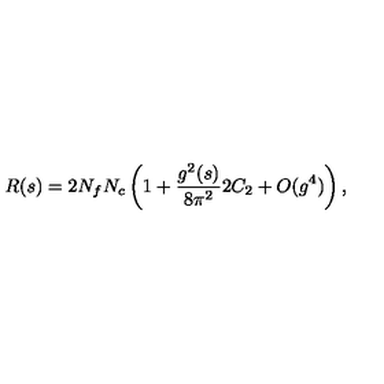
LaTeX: R ( s ) = 2 N _ { f } N _ { c } \left( 1 + \frac { g ^ { 2 } ( s ) } { 8 \pi ^ { 2 } } 2 C _ { 2 } + O ( g ^ { 4 } ) \right) ,